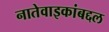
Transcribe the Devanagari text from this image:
नातेवाइकांबद्दल